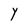
Character: Y